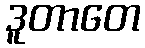
ဒူတာတေ